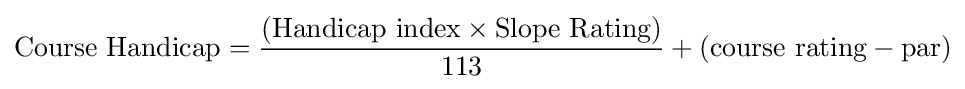
{\mbox{Course Handicap}}={\frac {({\mbox{Handicap index}}\times {\mbox{Slope Rating}})}{113}}+({\mbox{course rating}}-{\mbox{par}})